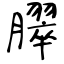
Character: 臎